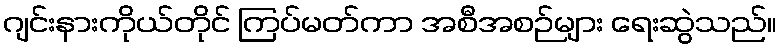
ဂျင်းနားကိုယ်တိုင် ကြပ်မတ်ကာ အစီအစဉ်များ ရေးဆွဲသည်။